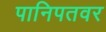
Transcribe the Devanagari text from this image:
पानिपतवर